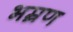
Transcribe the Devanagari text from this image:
भम्रण